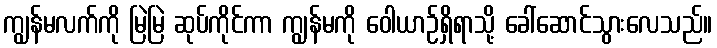
ကျွန်မလက်ကို မြဲမြဲ ဆုပ်ကိုင်ကာ ကျွန်မကို ဝေါယာဉ်ရှိရာသို့ ခေါ်ဆောင်သွားလေသည်။